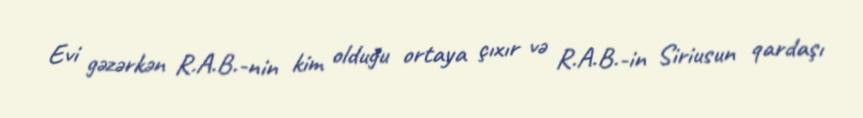
Evi gəzərkən R.A.B.-nin kim olduğu ortaya çıxır və R.A.B.-in Siriusun qardaşı